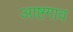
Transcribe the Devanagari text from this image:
आष्टगाव